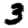
Digit: 3